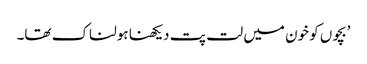
’بچوں کو خون میں لت پت دیکھنا ہولناک تھا۔